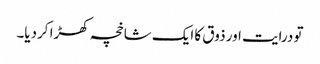
تو درایت اور ذوق کا ایک شاخچہ کھڑا کردیا۔